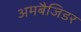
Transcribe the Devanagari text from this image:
अमबैजिडर